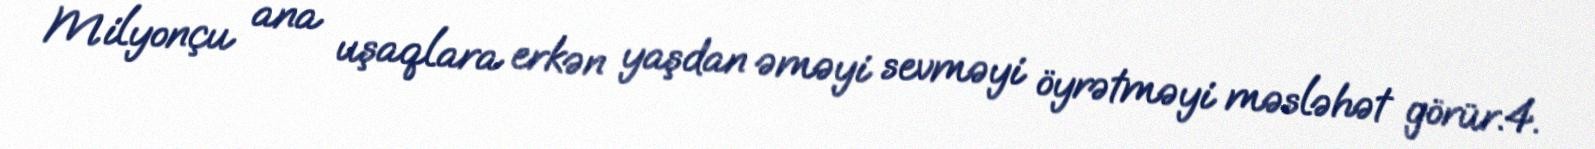
Milyonçu ana uşaqlara erkən yaşdan əməyi sevməyi öyrətməyi məsləhət görür.4.